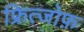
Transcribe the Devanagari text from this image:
फ्रित्जोफ़